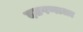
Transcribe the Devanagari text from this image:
दडपणाला